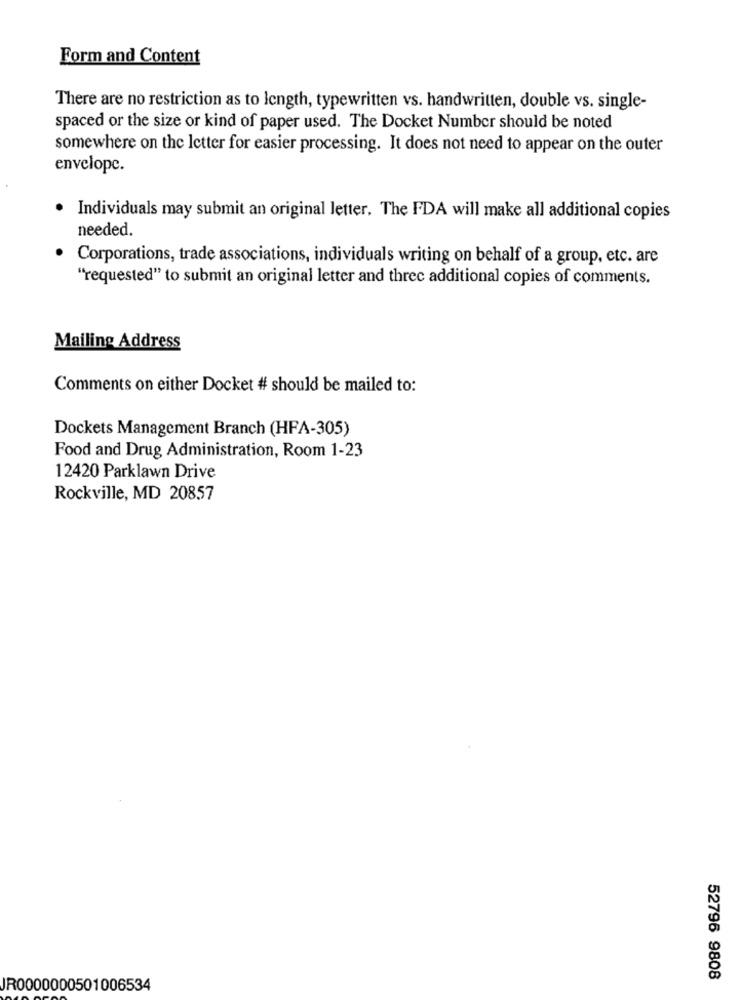
Form and Content
There are no restriction as to length, typewritten vs. handwritten, double vs. single-
spaced or the size or kind of paper used. The Docket Number should be noted
somewhere on the letter for easier processing. It does not need to appear on the outer
envelope.
Individuals may submit an original letter, The FDA will make all additional copies
needed.
Corporations, trade associations, individuals writing on behalf of a group, etc. are
"requested" to submit an original letter and three additional copies of comments.
Mailing Address
Comments on either Docket # should be mailed to:
Dockets Management Branch (HFA-305)
Food and Drug Administration, Room 1-23
12420 Parklawn Drive
Rockville, MD 20857
52796 9808
JR0000000501006534